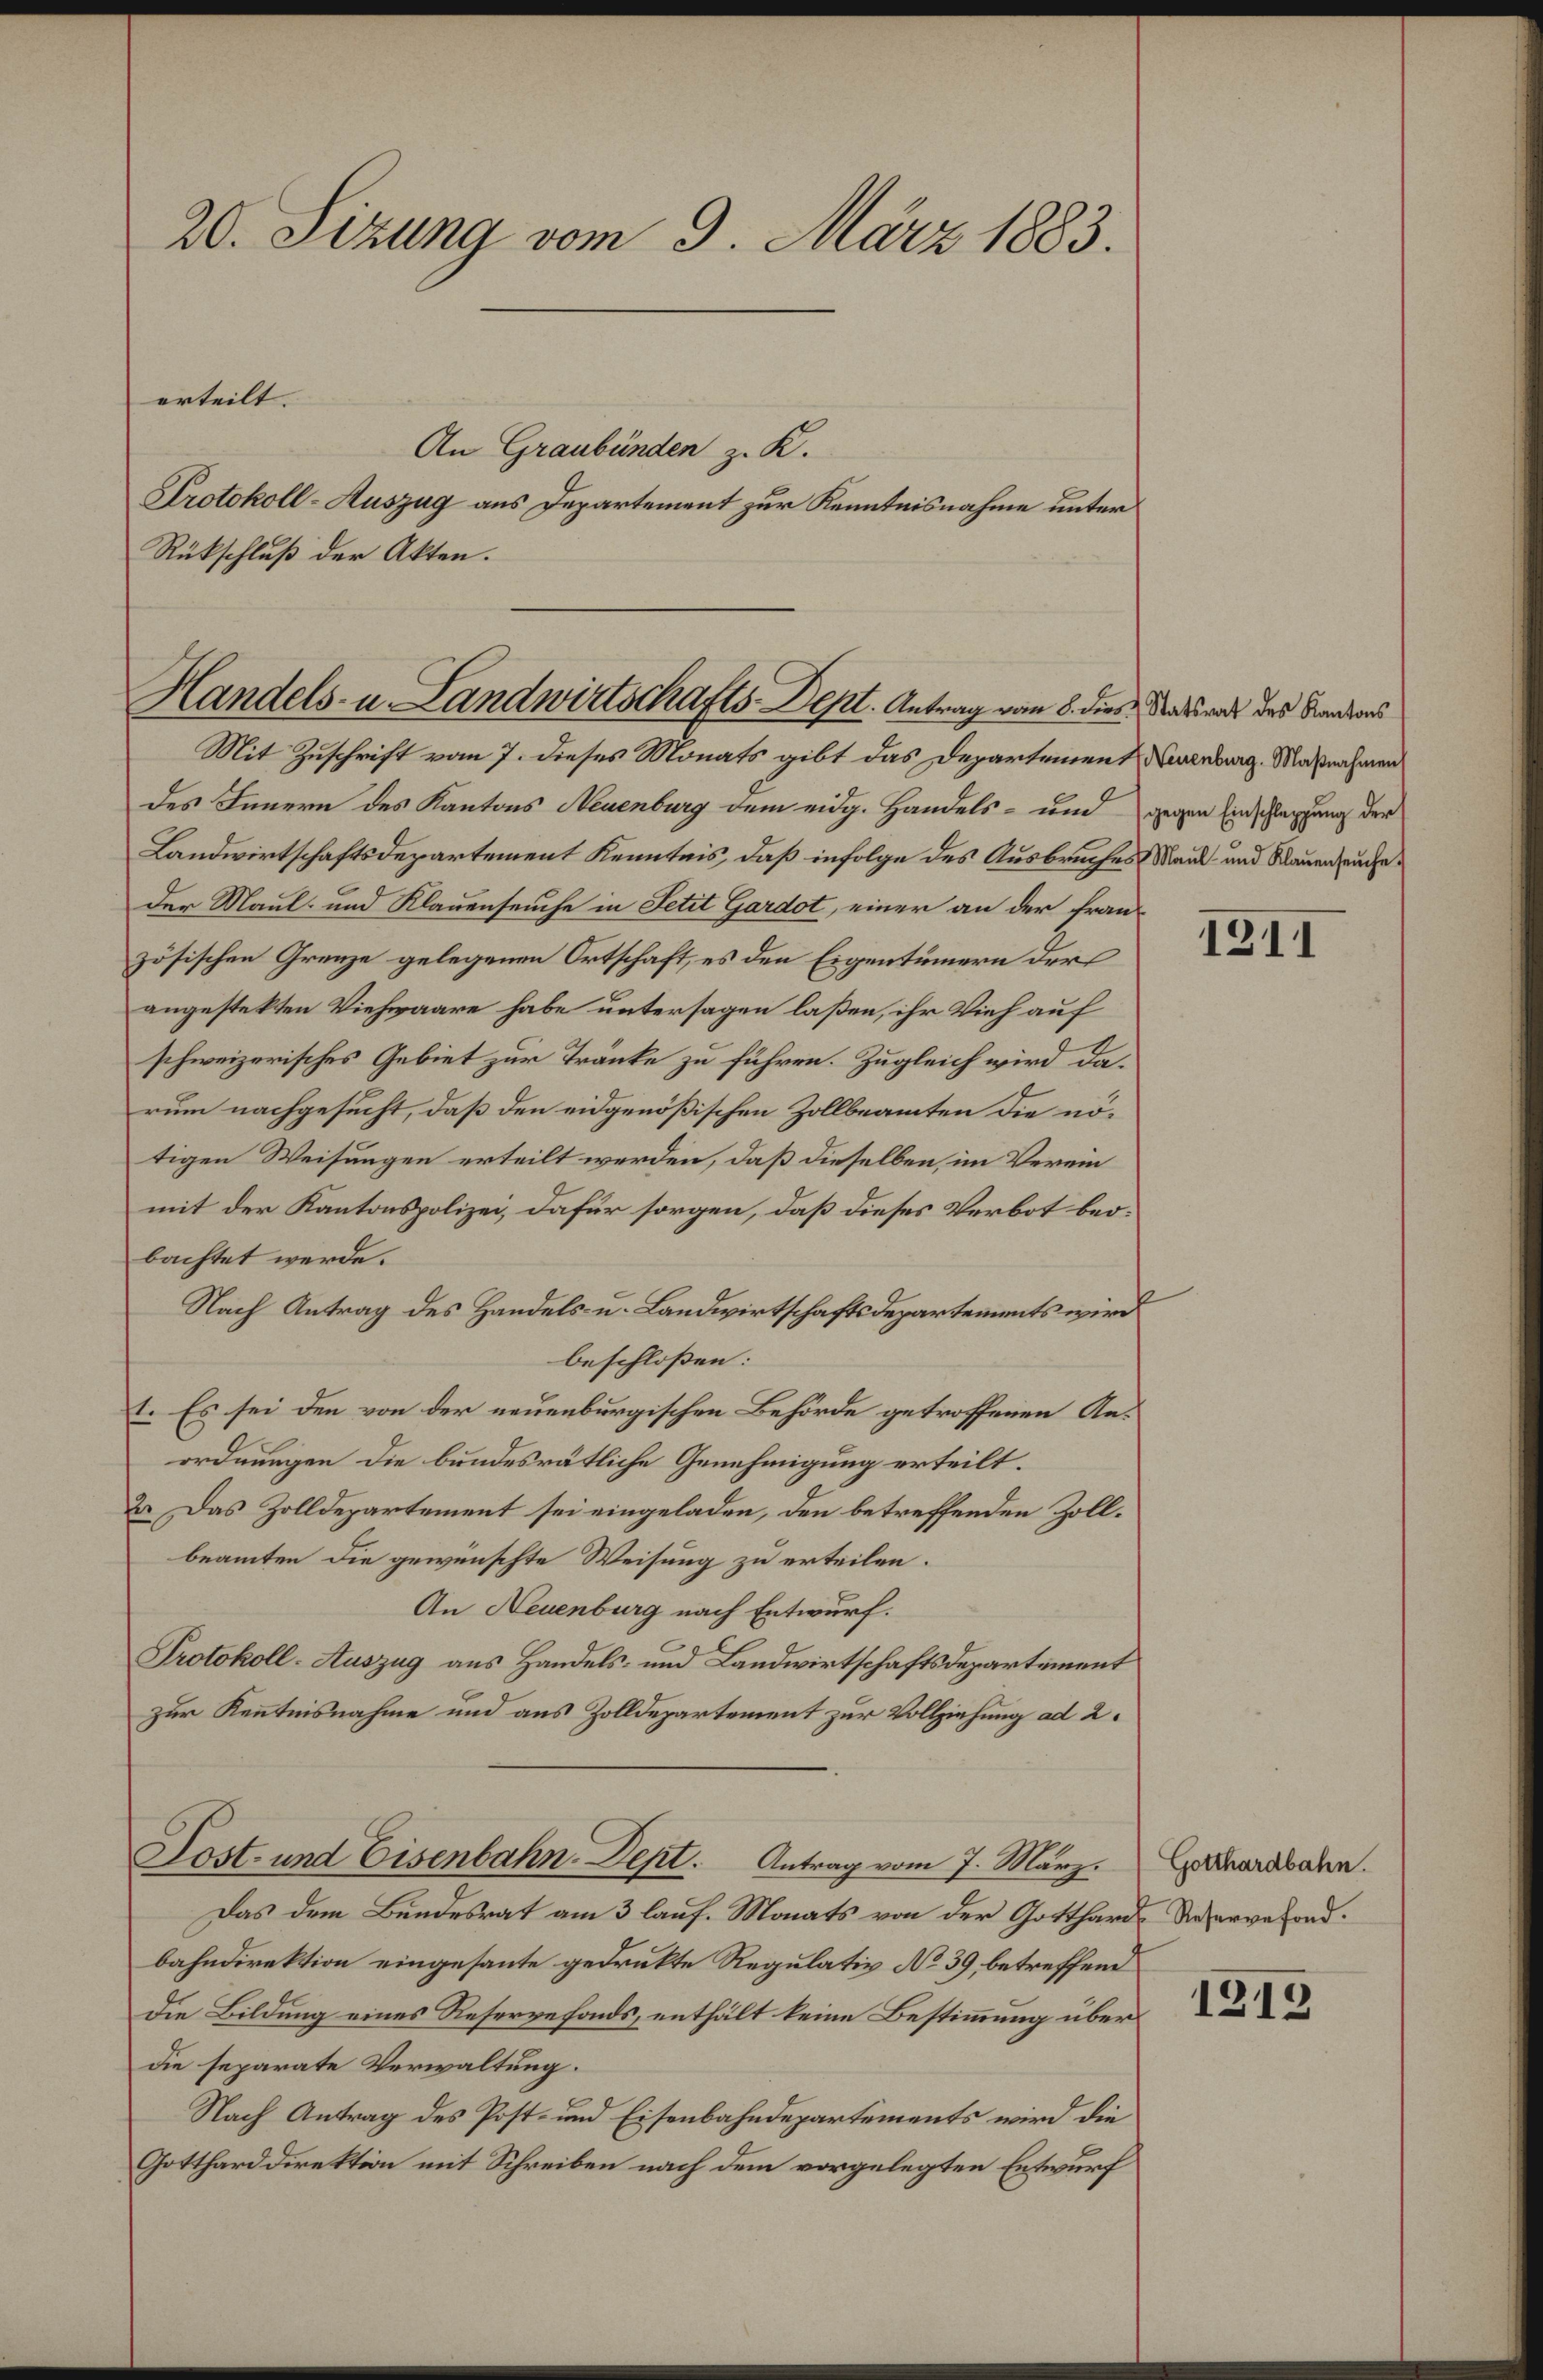
20. Sizung vom 9. März 1883.

An Graubünden z. K.
Protokoll-Auszug aus Departement zur Kenntnisnahme unter
Rückschluß der Akten.

erteilt.

Handels- u. Landwirtschafts-Dept. Antrag vom 8. dies Stadtrat des Kantons

Mit Zuschrift vom 7. dieses Monats gibt das Departement Neuenburg. Maßnahmen
des Innern des Kantons Neuenburg dem eidg. Handels- und gegen Einschleppung der
Landwirtschaftsdepartement Kenntnis, daß infolge des Ausbruches Maul- und Rauenspruche
der Maul- und Klauenseuche in Petit Gardot, einer an der französischen Grenze gelegenen Ortschaft, es den Eigentümern ders
angestekten Viehwaare habe untersagen laßen, ihr Vieh auf
schweizerisches Gebiet zur Tränke zu führen. Zugleich wird darum nachgesucht, daß den eidgenößischen Zollbeamten die nötigen Weisungen erteilt werden, daß dieselben, im Verein
mit der Kantonspolizei, dafür sorgen, daß dieses Verbot beobachtet werde.
Nach Antrag des Handels- u. Landwirtschaftsdepartements wird
beschloßen:
1. Es sei den von der neuenburgischen Behörde getroffenen Anordnungen die bundesrätliche Genehmigung erteilt.
2. Das Zolldepartement sei eingeladen, den betreffenden Zollbeamten die gewünschte Weisung zu erteilen.
An Neuenburg nach Entwurf.
Protokoll-Auszug aus Handels- und Landwirtschaftsdepartement
zur Kenntnisnahme und aus Zolldepartement zur Vollziehung ad 2.
Lost- und Eisenbahn-Dept. Antrag vom 7. März. Haardbahn.
Das dem Bundesrat am 3 lauf. Monats von der Gotthard Weservefondbahndirektion eingesante gedrukte Regulativ No 39, betreffend
Die Bildung eines Reservefonds, enthält keine Bestimmung über
die separate Verwaltung.
Nach Antrag des Post- und Eisenbahndepartements wird die
Gottharddirektion mit Schreiben nach dem vorgelegten Entwurf

1211

1343